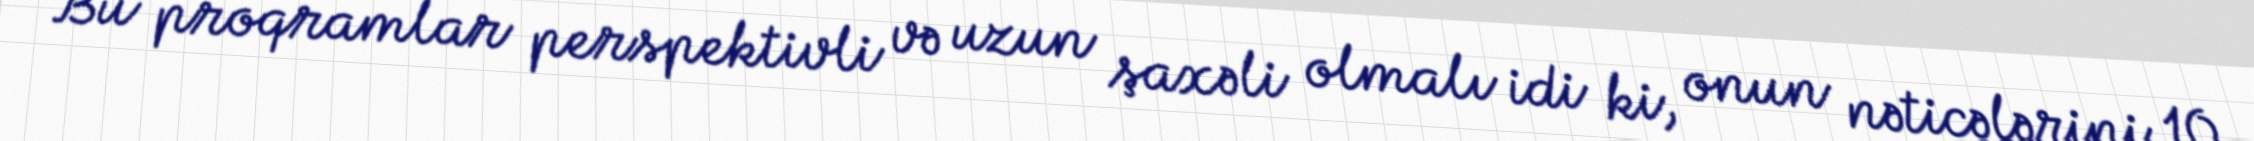
Bu proqramlar perspektivli və uzun şaxəli olmalı idi ki, onun nəticələrini 10